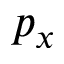
p _ { x }